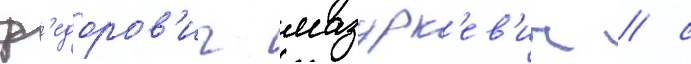
ф'едоров'ич мазурк'ев'ич / с